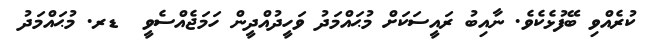
ކުރެއްވި ބޭފުޅެކެވެ. ނާއިބު ރައީސަކަށް މުޙައްމަދު ވަހީދުއްދީން ހަމަޖެއްސެވީ  ޑރ. މުޙައްމަދު